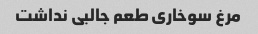
مرغ سوخاری طعم جالبی نداشت